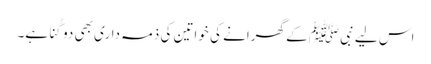
اس لیے نبیﷺ کے گھرانے کی خواتین کی ذمہ داری بھی دو گُنا ہے۔